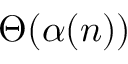
\Theta ( \alpha ( n ) )